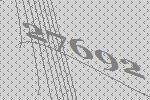
27692